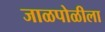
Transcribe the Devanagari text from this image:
जाळपोळीला